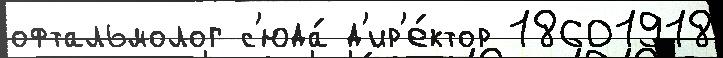
офтальмолог с'юда́ д'ир'е́ктор 18601918